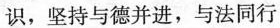
识，坚持与德并进，与法同行